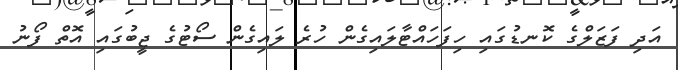
އަދި ފަޒަލްގެ ކޮނޑުގައި ހިފަހައްޓާލައިގެން ހުރެ ލައިގެން ސޯޓުގެ ޖީބުގައި އޮތް ފޯނު